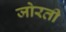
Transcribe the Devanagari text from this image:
जोरती